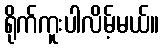
ရိုက်ကူးပါလိမ့်မယ်။